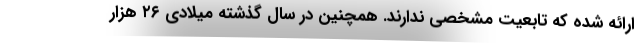
ارائه شده که تابعیت مشخصی ندارند. همچنین در سال گذشته میلادی ۲۶ هزار